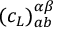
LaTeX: ( c _ { L } ) _ { a b } ^ { \alpha \beta }